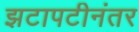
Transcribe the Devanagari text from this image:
झटापटीनंतर